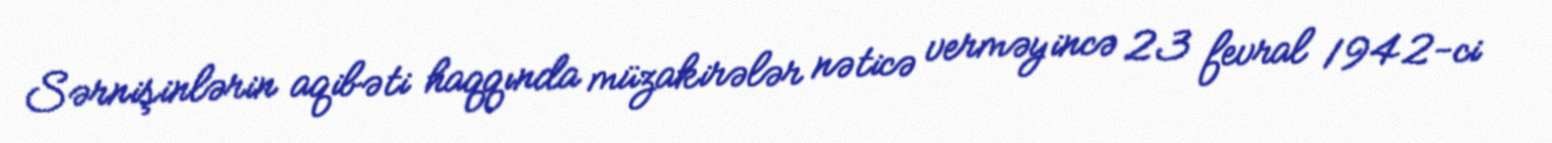
Sərnişinlərin aqibəti haqqında müzakirələr nəticə verməyincə 23 fevral 1942-ci